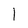
Character: I